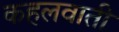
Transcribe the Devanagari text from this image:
कहलवाती